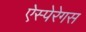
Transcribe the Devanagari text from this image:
ऐस्पेरेगस